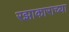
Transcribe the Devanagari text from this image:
रझाकाराच्या